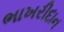
ભાખરીદાન